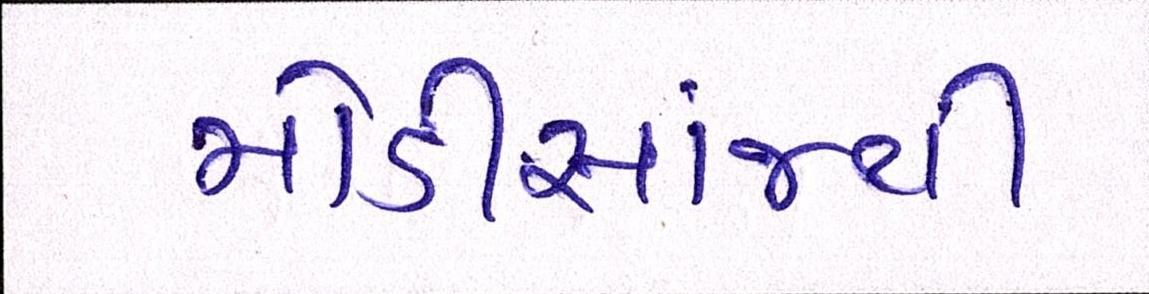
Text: મોડીસાંજથી